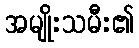
အမျိုးသမီး၏